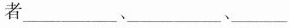
者___、___、___